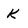
Character: K